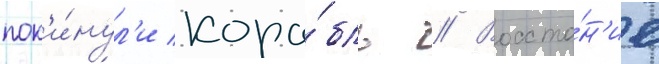
пок'и́нул'и кора́бль // Восста́н'ие